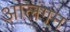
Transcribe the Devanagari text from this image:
आलंगन